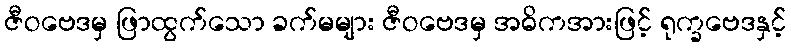
ဇီဝဗေဒမှ ဖြာထွက်သော ခက်မများ ဇီဝဗေဒမှ အဓိကအားဖြင့် ရုက္ခဗေဒနှင့်